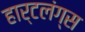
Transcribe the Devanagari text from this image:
हार्टलंग्स